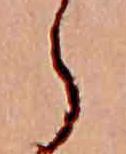
ら